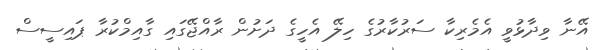
އޭނާ ވިދާޅުވީ އެމެރިކާ ސަރުކާރުގެ ހިލޭ އެހީގެ ދަށުން ރާއްޖޭގައި ގާއިމްކުރާ ޕައިސީސް